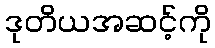
ဒုတိယအဆင့်ကို